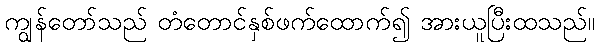
ကျွန်တော်သည် တံတောင်နှစ်ဖက်ထောက်၍ အားယူပြီးထသည်။